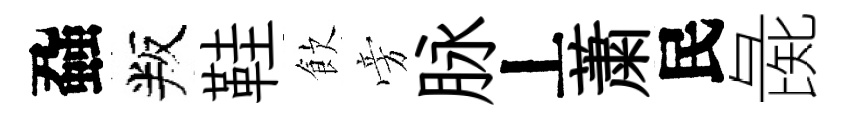
蝨叛鞋飲旁脉丄䔥民彘